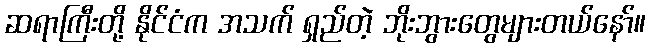
ဆရာကြီးတို့ နိုင်ငံက အသက် ရှည်တဲ့ ဘိုးဘွားတွေများတယ်နော်။